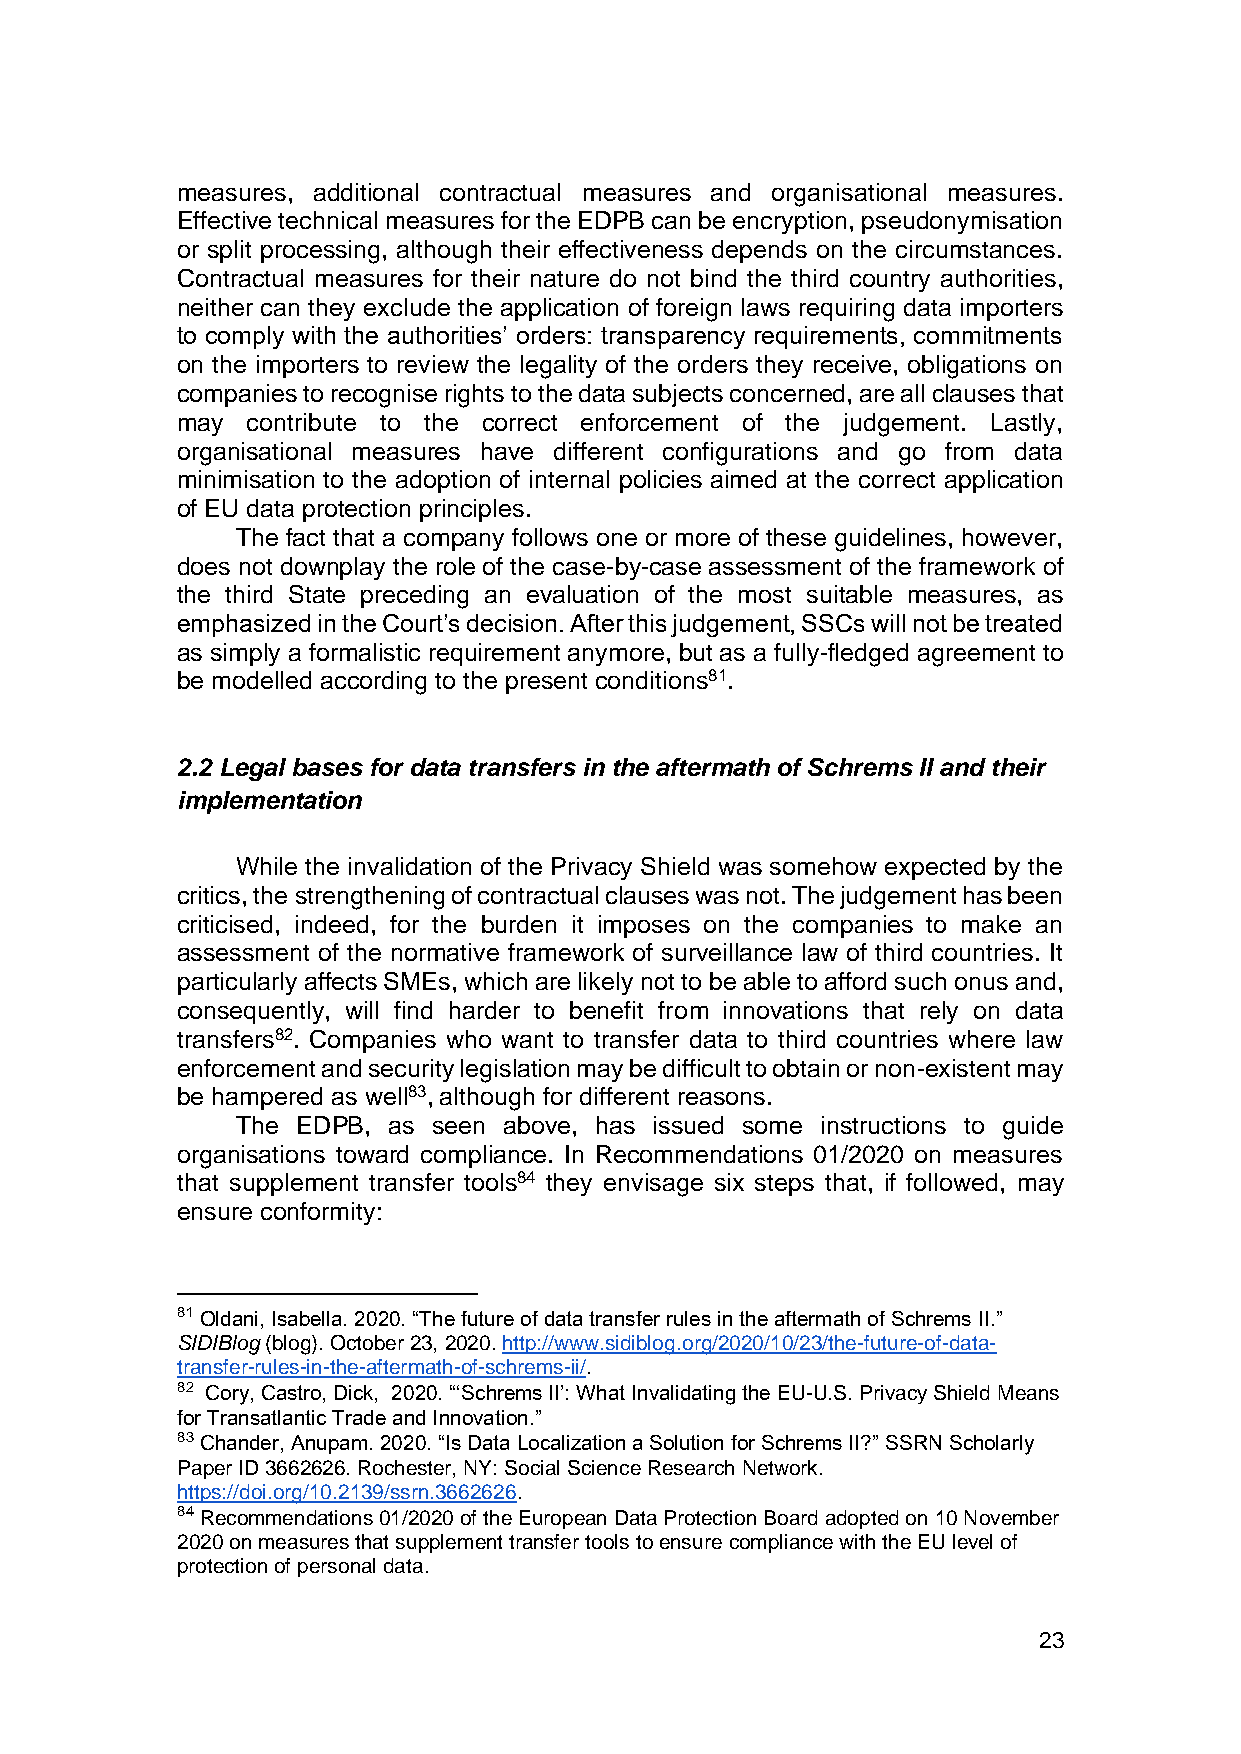
measures, additional contractual measures and organisational measures.
 Effective technical measures for the EDPB can be encryption, pseudonymisation
 or split processing, although their effectiveness depends on the circumstances.
 Contractual measures for their nature do not bind the third country authorities,
 neither can they exclude the application of foreign laws requiring data importers
 to comply with the authorities’ orders: transparency requirements, commitments
 on the importers to review the legality of the orders they receive, obligations on
 companies to recognise rights to the data subjects concerned, are all clauses that
 may contribute to the correct enforcement of the judgement. Lastly,
 organisational measures have different configurations and go from data
 minimisation to the adoption of internal policies aimed at the correct application
 of EU data protection principles.
 The fact that a company follows one or more of these guidelines, however,
 does not downplay the role of the case-by-case assessment of the framework of
 the third State preceding an evaluation of the most suitable measures, as
 emphasized in the Court’s decision. After this judgement, SSCs will not be treated
 as simply a formalistic requirement anymore, but as a fully-fledged agreement to
 be modelled according to the present conditions81.
 2.2 Legal bases for data transfers in the aftermath of Schrems II and their
 implementation
 While the invalidation of the Privacy Shield was somehow expected by the
 critics, the strengthening of contractual clauses was not. The judgement has been
 criticised, indeed, for the burden it imposes on the companies to make an
 assessment of the normative framework of surveillance law of third countries. It
 particularly affects SMEs, which are likely not to be able to afford such onus and,
 consequently, will find harder to benefit from innovations that rely on data
 transfers82. Companies who want to transfer data to third countries where law
 enforcement and security legislation may be difficult to obtain or non-existent may
 be hampered as well83, although for different reasons.
 The EDPB, as seen above, has issued some instructions to guide
 organisations toward compliance. In Recommendations 01/2020 on measures
 that supplement transfer tools84 they envisage six steps that, if followed, may
 ensure conformity:
 81 Oldani, Isabella. 2020. “The future of data transfer rules in the aftermath of Schrems II.”
 SIDIBlog (blog). October 23, 2020. http://www.sidiblog.org/2020/10/23/the-future-of-data-
 transfer-rules-in-the-aftermath-of-schrems-ii/.
 82 Cory, Castro, Dick, 2020. “‘Schrems II’: What Invalidating the EU-U.S. Privacy Shield Means
 for Transatlantic Trade and Innovation.”
 83 Chander, Anupam. 2020. “Is Data Localization a Solution for Schrems II?” SSRN Scholarly
 Paper ID 3662626. Rochester, NY: Social Science Research Network.
 https://doi.org/10.2139/ssrn.3662626.
 84 Recommendations 01/2020 of the European Data Protection Board adopted on 10 November
 2020 on measures that supplement transfer tools to ensure compliance with the EU level of
 protection of personal data.
 23